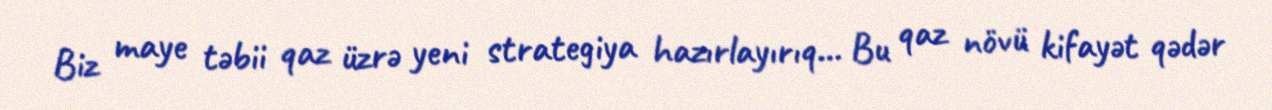
Biz maye təbii qaz üzrə yeni strategiya hazırlayırıq… Bu qaz növü kifayət qədər